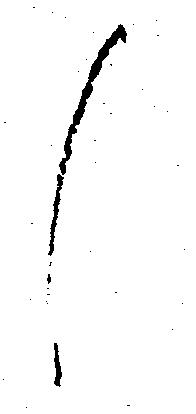
候